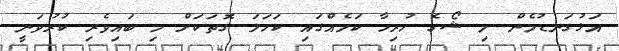
އަޅުގަނޑުމެން މި ޝޯގެ ހުރިހާ ކަމެއްގައި ކަހަލަ ގޮތަކަށް މި ބައިވެރި ކުރުވަނީ